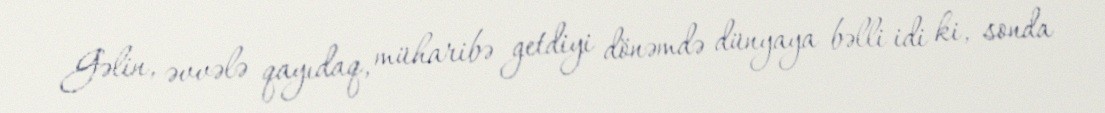
Gəlin, əvvələ qayıdaq, müharibə getdiyi dönəmdə dünyaya bəlli idi ki, sonda